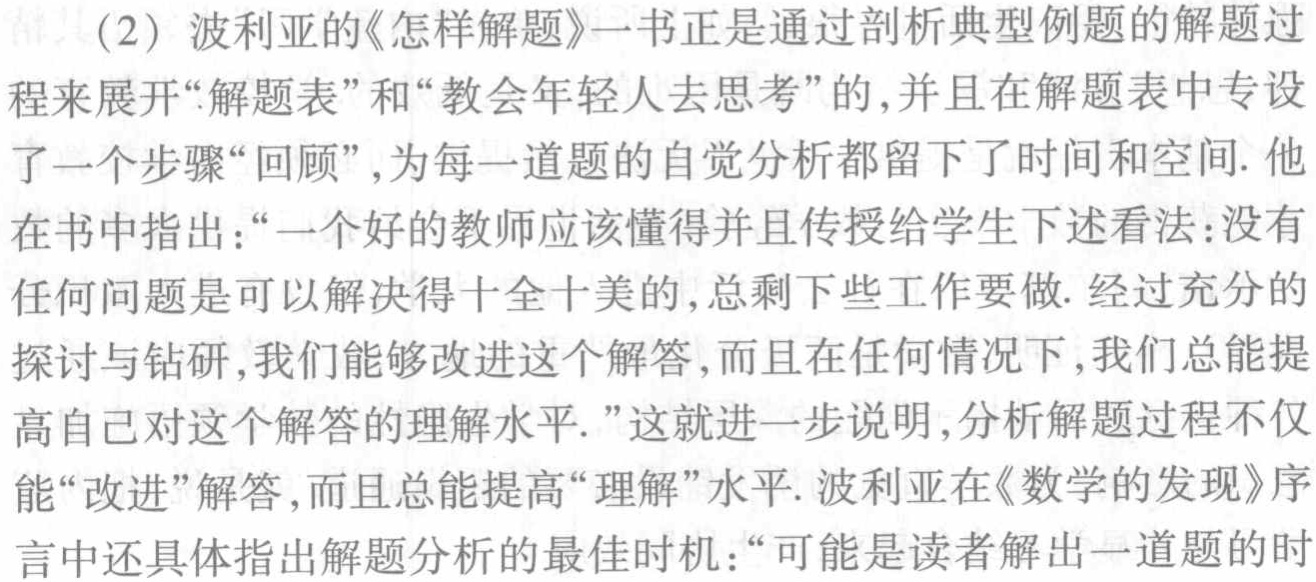
(2) 波利亚的《怎样解题》一书正是通过剖析典型例题的解题过

程来展开“解题表”和“教会年轻人去思考”的，并且在解题表中专设

了一个步骤“回顾”，为每一道题的自觉分析都留下了时间和空间. 他

在书中指出：“一个好的教师应该懂得并且传授给学生下述看法：没有

任何问题是可以解决得十全十美的，总剩下些工作要做. 经过充分的

探讨与钻研，我们能够改进这个解答，而且在任何情况下，我们总能提

高自己对这个解答的理解水平. ”这就进一步说明，分析解题过程不仅

能“改进”解答，而且总能提高“理解”水平. 波利亚在《数学的发现》序

言中还具体指出解题分析的最佳时机：“可能是读者解出一道题的时